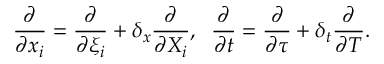
\frac { \partial } { \partial x _ { i } } = \frac { \partial } { \partial \xi _ { i } } + \delta _ { x } \frac { \partial } { \partial X _ { i } } , \; \; \frac { \partial } { \partial t } = \frac { \partial } { \partial \tau } + \delta _ { t } \frac { \partial } { \partial T } .